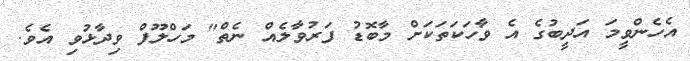
އެހެންވީމަ އަދީބުގެ އެ ވާހަކަތަކަށް މާބޮޑު ފަރުވާލެއް ނެތް" މަހްލޫފް ވިދާޅުވި އެވެ.